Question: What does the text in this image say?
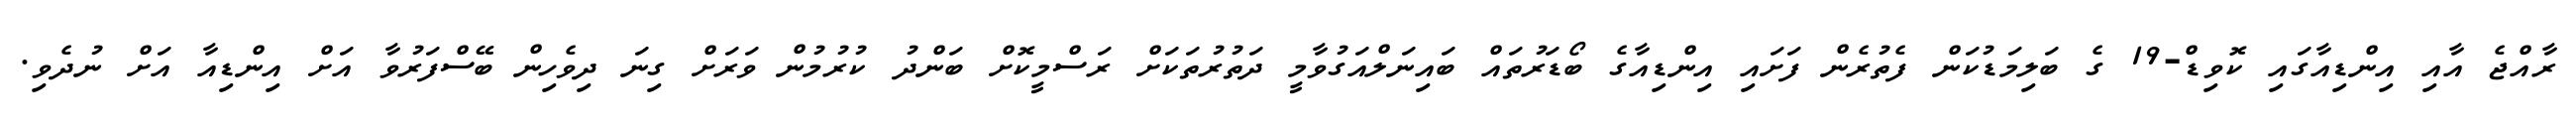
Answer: ރާއްޖެ އާއި އިންޑިއާގައި ކޮވިޑް-19 ގެ ބަލިމަޑުކަން ފެތުރެން ފަށައި އިންޑިއާގެ ބޯޑަރުތައް ބައިނަލްއަގުވާމީ ދަތުރުތަކަށް ރަސްމީކޮށް ބަންދު ކުރުމުން ވަރަށް ގިނަ ދިވެހިން ބޭސްފަރުވާ އަށް އިންޑިއާ އަށް ނުދެވި.